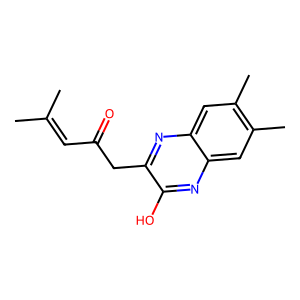
SMILES: CC(C)=CC(=O)Cc1nc2cc(C)c(C)cc2nc1O
Inhibits HIV replication: No